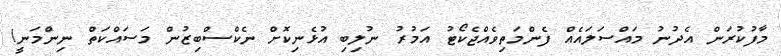
މާފުކުރަން އެދުނު މައްސަލައެއް ފެންމަތިވެއްޖެކޯޓު އަމުރު ނުލިބި އުޅެނިކޮށް ނެކްސްބިޒުން މަސައްކަތް ނިންމަނީ!